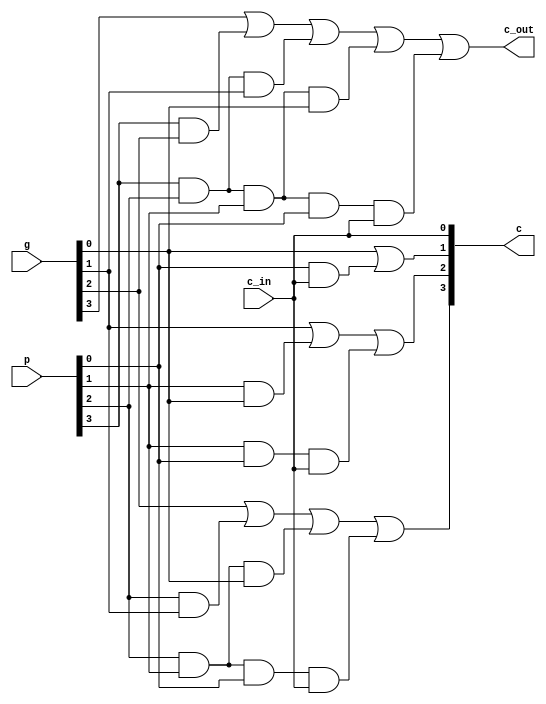
module lookahead_carry_unit(input [3:0] p, input [3:0] g, input c_in, output [3:0] c, output c_out);

    assign c[0] = c_in;
    assign c[1] = g[0] | (p[0] & c[0]);
    assign c[2] = g[1] | (p[1] & g[0]) | (p[1] & p[0] & c[0]);
    assign c[3] = g[2] | (p[2] & g[1]) | (p[2] & p[1] & g[0]) | (p[2] & p[1] & p[0] & c[0]);
    assign c_out = g[3] | (p[3] & g[2]) | (p[3] & p[2] & g[1]) | (p[3] & p[2] & p[1] & g[0]) | (p[3] & p[2] & p[1] & p[0] & c[0]);

endmodule